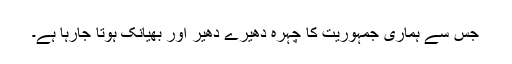
جس سے ہماری جمہوریت کا چہرہ دھیرے دھیر اور بھیانک ہوتا جارہا ہے۔